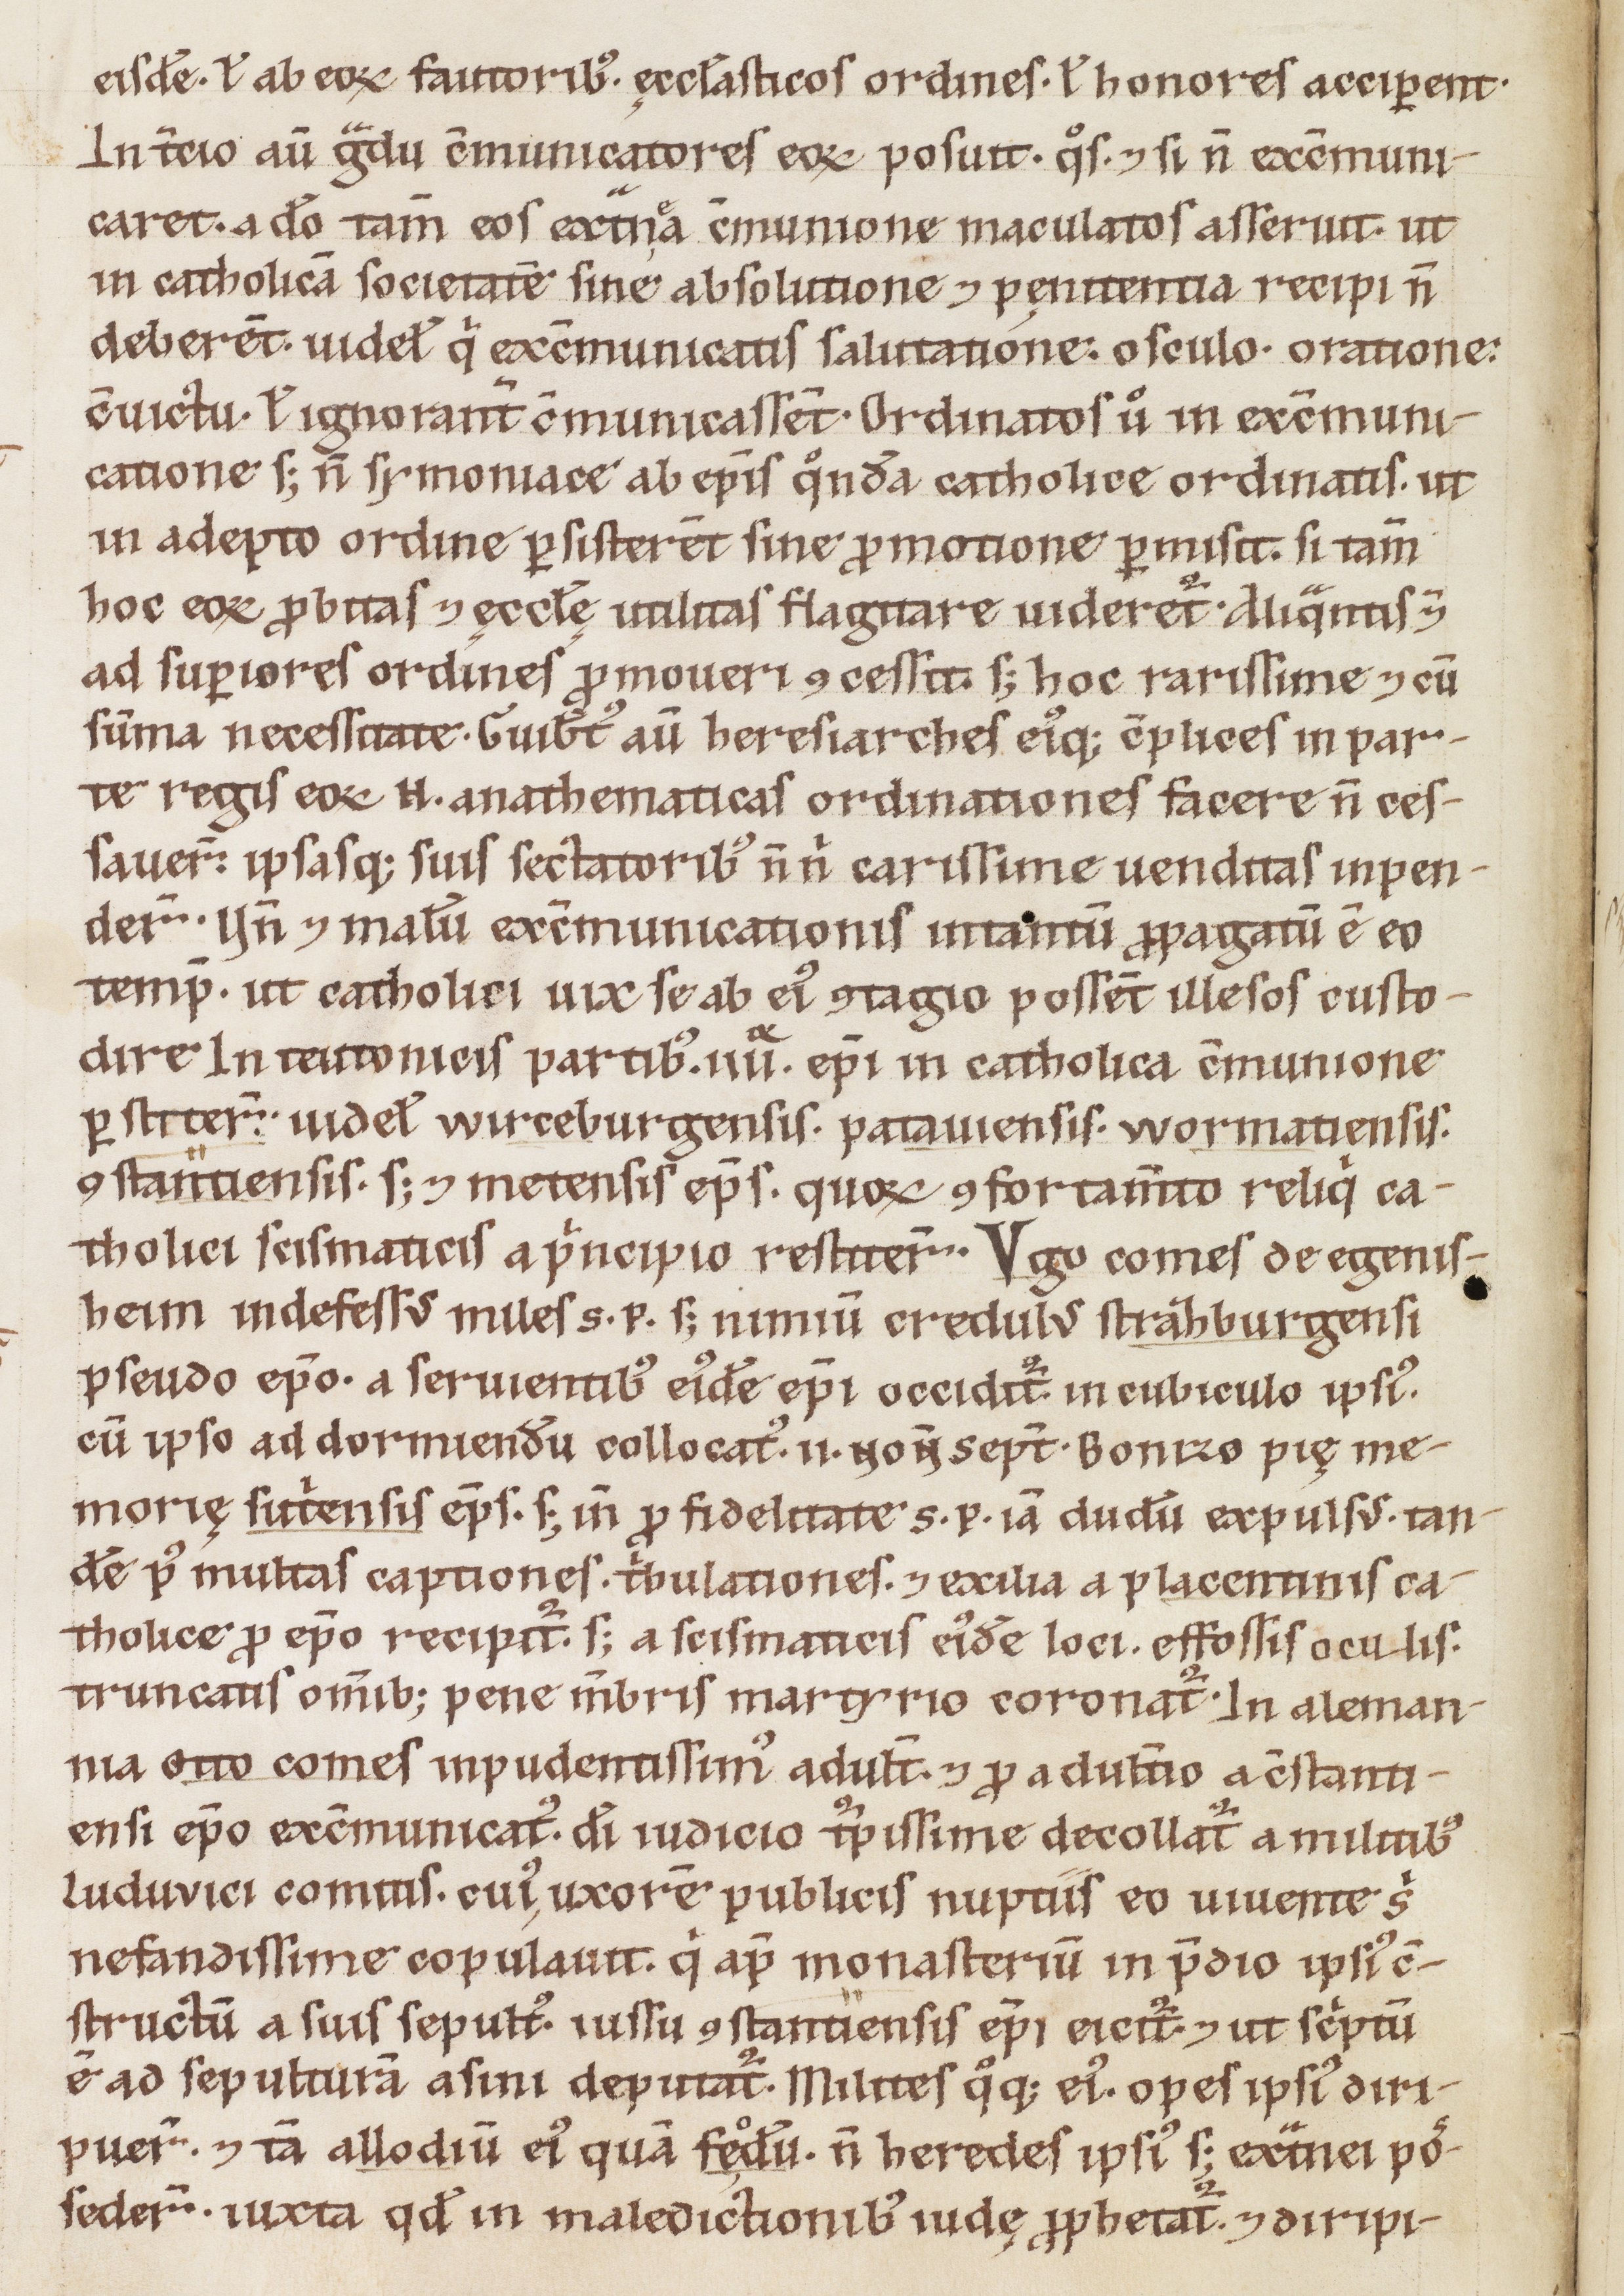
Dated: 1160–1190